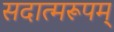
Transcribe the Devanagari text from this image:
सदात्मरूपम्